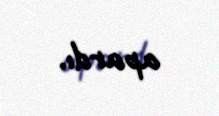
apardı.